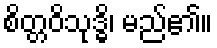
စိတ္တဝိသုဒ္ဓိ၊ မည်၏။